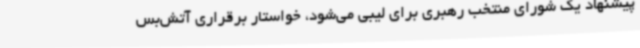
پیشنهاد یک شورای منتخب رهبری برای لیبی می‌شود، خواستار برقراری آتش‌بس